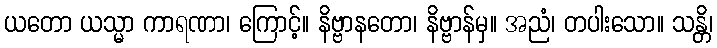
ယတော ယသ္မာ ကာရဏာ၊ ကြောင့်။ နိဗ္ဗာနတော၊ နိဗ္ဗာန်မှ။ အညံ၊ တပါးသော။ သန္တိ၊